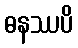
ဓနဿပိ